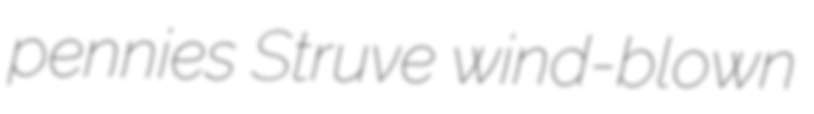
pennies Struve wind-blown